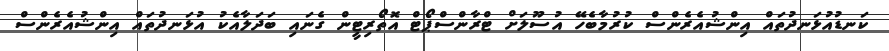
ކަނޑުއުޅަނދުތައް އިންޝުއެރެންސް ކުރުމާބެހޭ އުސޫލަށް ޓްރާންސްޕޯޓް އޮތޯރިޓީން ގެނައި ބަދަލާއެކު އުޅަނދުތައް އިންޝުއެރެންސް